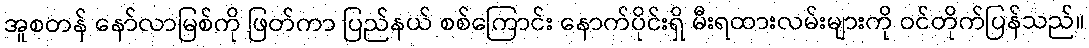
အူစတန် နော်လာမြစ်ကို ဖြတ်ကာ ပြည်နယ် စစ်ကြောင်း နောက်ပိုင်းရှိ မီးရထားလမ်းများကို ဝင်တိုက်ပြန်သည်။